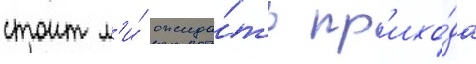
стоит л'и́ ожида́ть пр'ихо́да